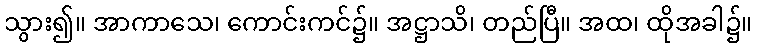
သွား၍။ အာကာသေ၊ ကောင်းကင်၌။ အဋ္ဌာသိ၊ တည်ပြီ။ အထ၊ ထိုအခါ၌။